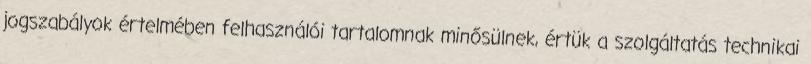
jogszabályok értelmében felhasználói tartalomnak minősülnek, értük a szolgáltatás technikai